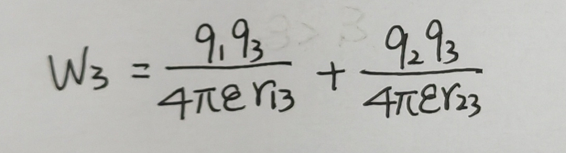
\(W_{3}=\frac{q_{1}q_{3}}{4\pi \varepsilon r_{13}}+\frac{q_{2}q_{3}}{4\pi \varepsilon r_{23}}\)